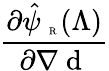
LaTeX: \frac{\partial\hat{\psi}_{\mathrm{~\tiny~R~}}(\Lambda)}{\partial{\nabla\mathrm{~d~}}}